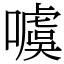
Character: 噳